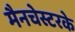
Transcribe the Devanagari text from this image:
मैनचेस्टरके